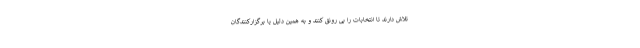
تلاش دارند تا انتخابات را بی رونق کنند و به همین دلیل یا برگزارکنندگان